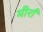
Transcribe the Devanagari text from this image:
मीराँ